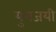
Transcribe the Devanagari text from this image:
युगजयी